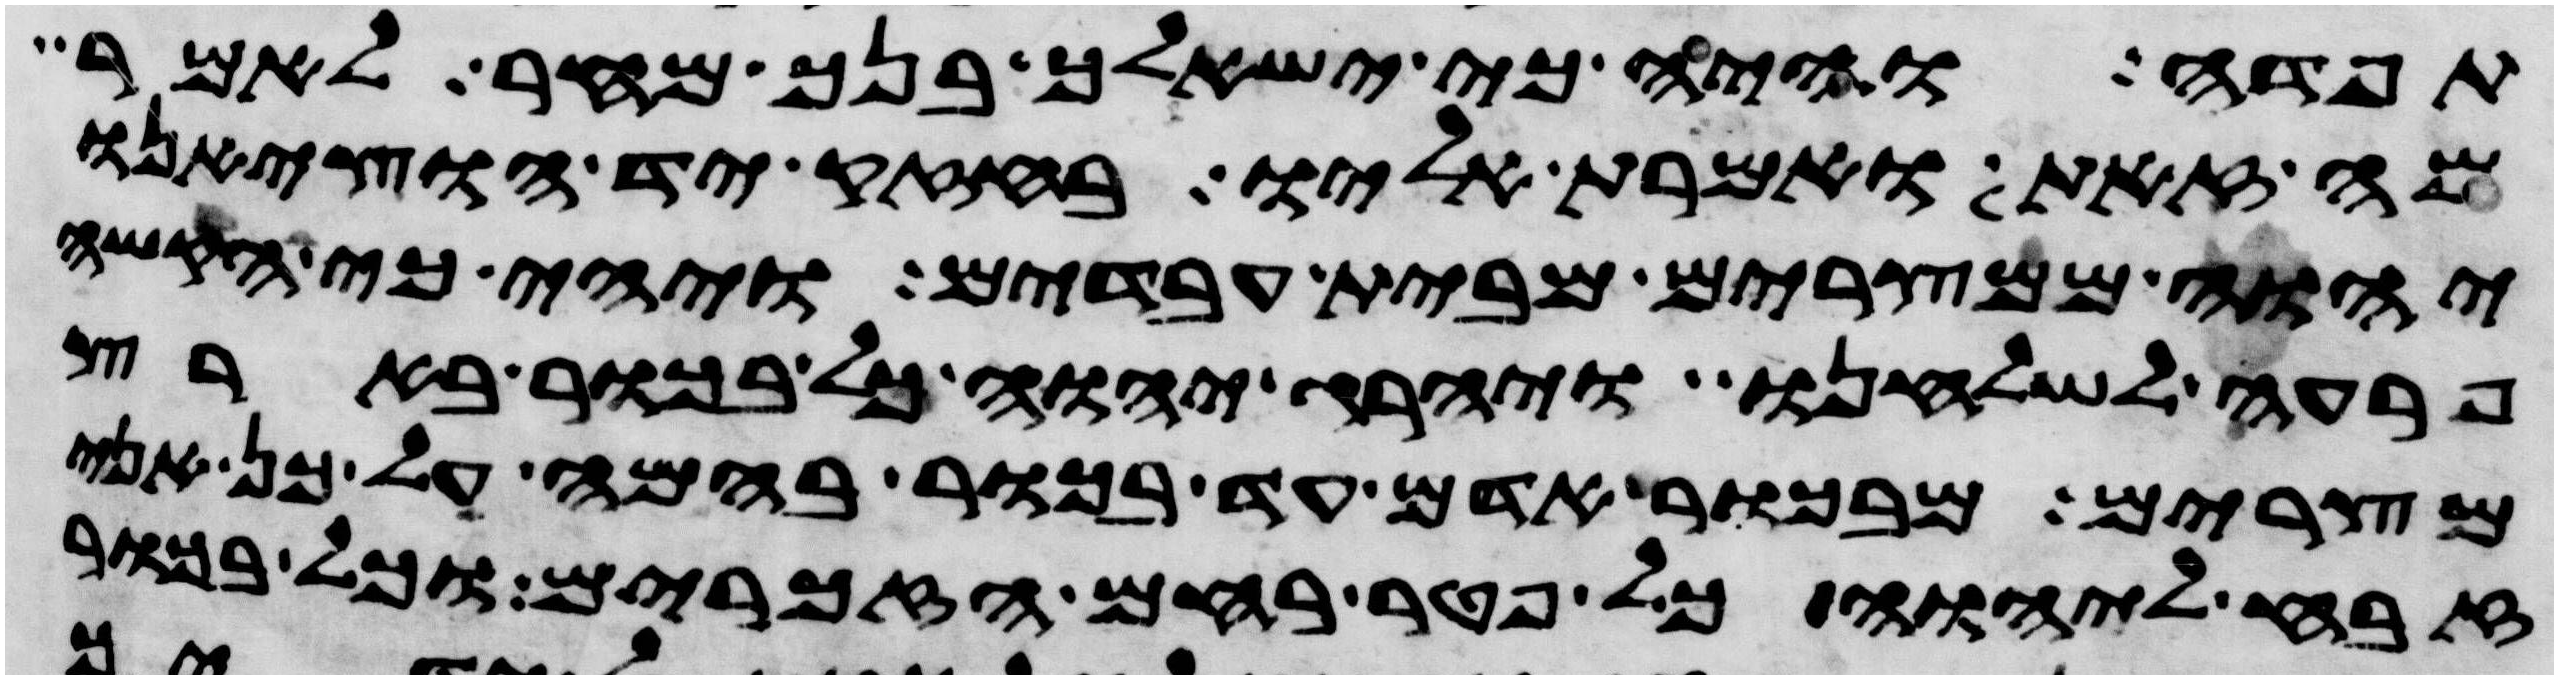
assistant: תפדה והיה כי ישאלך בנך מחר לאמר
מה זאת ואמרת אליו בחזק יד הוציאנו
יהוה ממצרים מבית עבדים ויהי כי הקשה
פרעה לשלחנו ויהרג יהוה כל בכור בארץ
מצרים מבכור אדם עד בכור בהמה על כן אני
זבח ליהוה כל פטר רחם הזכרים וכל בכור